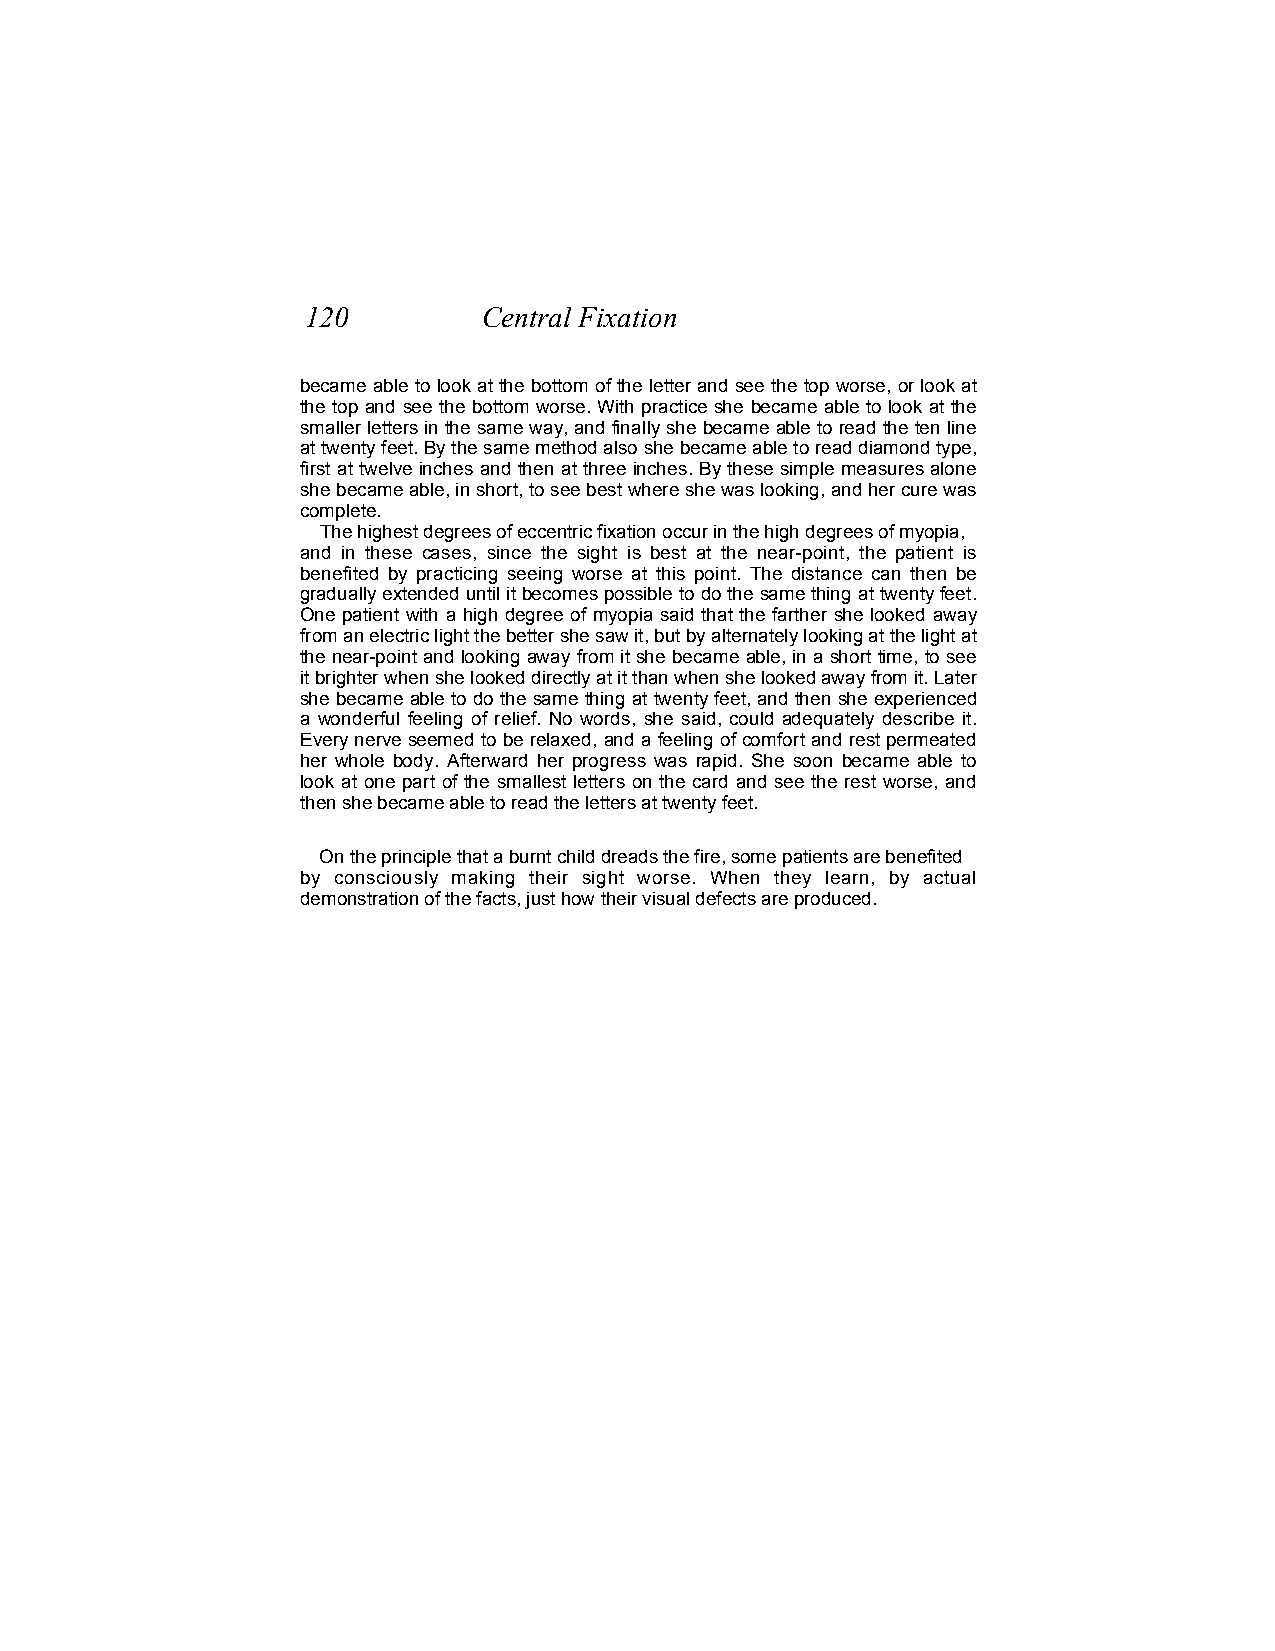
120         Central Fixation
 became able to look at the bottom of the letter and see the top worse, or look at
 the top and see the bottom worse. With practice she became able to look at the
 smaller letters in the same way, and finally she became able to read the ten line
 at twenty feet. By the same method also she became able to read diamond type,
 first at twelve inches and then at three inches. By these simple measures alone
 she became able, in short, to see best where she was looking, and her cure was
 complete.
 The highest degrees of eccentric fixation occur in the high degrees of myopia,
 and in these cases, since the sight is best at the near-point, the patient is
 benefited by practicing seeing worse at this point. The distance can then be
 gradually extended until it becomes possible to do the same thing at twenty feet.
 One patient with a high degree of myopia said that the farther she looked away
 from an electric light the better she saw it, but by alternately looking at the light at
 the near-point and looking away from it she became able, in a short time, to see
 it brighter when she looked directly at it than when she looked away from it. Later
 she became able to do the same thing at twenty feet, and then she experienced
 a wonderful feeling of relief. No words, she said, could adequately describe it.
 Every nerve seemed to be relaxed, and a feeling of comfort and rest permeated
 her whole body. Afterward her progress was rapid. She soon became able to
 look at one part of the smallest letters on the card and see the rest worse, and
 then she became able to read the letters at twenty feet.
 On the principle that a burnt child dreads the fire, some patients are benefited
 by consciously making their sight worse. When they learn, by actual
 demonstration of the facts, just how their visual defects are produced.